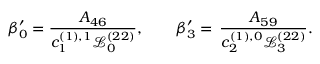
\beta _ { 0 } ^ { \prime } = \frac { A _ { 4 6 } } { c _ { 1 } ^ { ( 1 ) , 1 } \mathscr { L } _ { 0 } ^ { ( 2 2 ) } } , \qquad \beta _ { 3 } ^ { \prime } = \, \frac { A _ { 5 9 } } { c _ { 2 } ^ { ( 1 ) , 0 } \mathscr { L } _ { 3 } ^ { ( 2 2 ) } } .